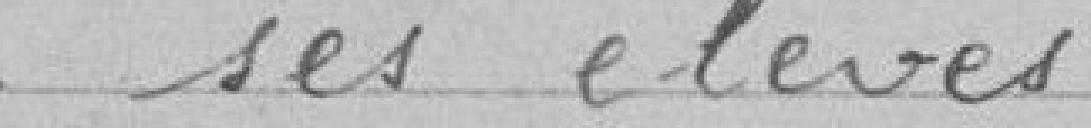
de ses élèves